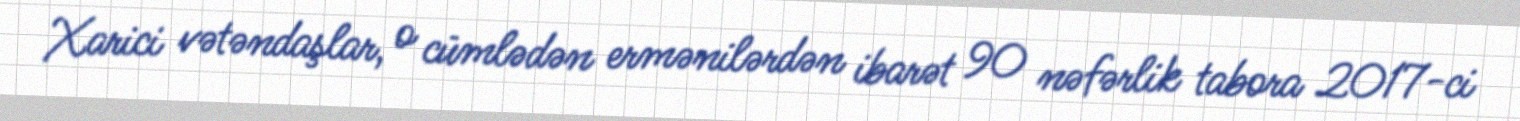
Xarici vətəndaşlar, o cümlədən ermənilərdən ibarət 90 nəfərlik tabora 2017-ci